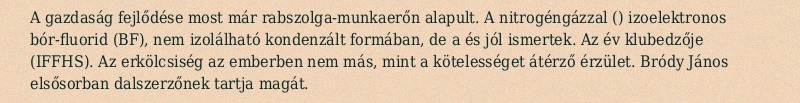
A gazdaság fejlődése most már rabszolga-munkaerőn alapult. A nitrogéngázzal () izoelektronos bór-fluorid (BF), nem izolálható kondenzált formában, de a és jól ismertek. Az év klubedzője (IFFHS). Az erkölcsiség az emberben nem más, mint a kötelességet átérző érzület. Bródy János elsősorban dalszerzőnek tartja magát.